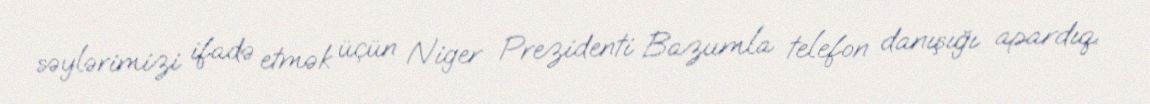
səylərimizi ifadə etmək üçün Niger Prezidenti Bazumla telefon danışığı apardıq.